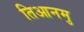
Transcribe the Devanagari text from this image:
तिआनमु